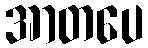
အာတပေ